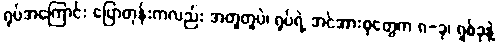
ရုပ်အကြောင်း ပြောတုန်းကလည်း အတူတူပဲ၊ ရုပ်ရဲ့ အင်အားစုတွေက ၈-ခု၊ ရှစ်ခုနဲ့